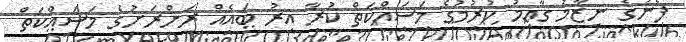
ފެނުގެ ނިޒާމު ގާއިމު ކުރުމުގެ މަސައްކަތް ކުރާ އިރު ބައެއް ރަށްރަށުގެ މަސައްކަތް